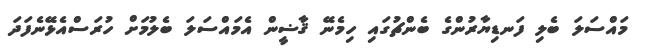
މައްސަލަ ބެލި ފަނޑިޔާރުންގެ ބެންޗުގައި ހިމެނޭ ޤާޟީން އެމައްސަލަ ބެލުމަށް ހުރަސްއެޅޭނެފަދަ